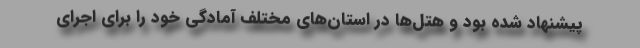
پیشنهاد شده بود و هتل‌ها در استان‌های مختلف آمادگی خود را برای اجرای